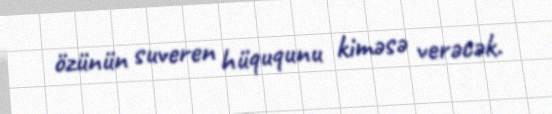
özünün suveren hüququnu kiməsə verəcək.